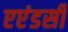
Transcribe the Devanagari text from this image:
एएंडसी